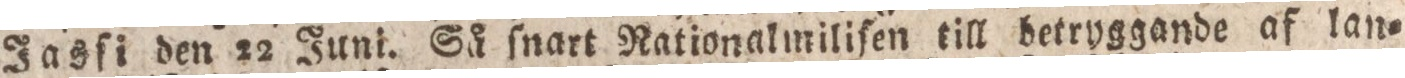
Jasſi den 22 Juni. Så ſnart Nationalmiliſen till betryggande af lan=